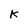
Character: k